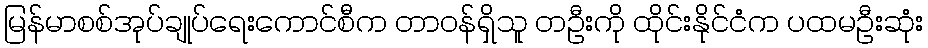
မြန်မာစစ်အုပ်ချုပ်ရေးကောင်စီက တာဝန်ရှိသူ တဦးကို ထိုင်းနိုင်ငံက ပထမဦးဆုံး